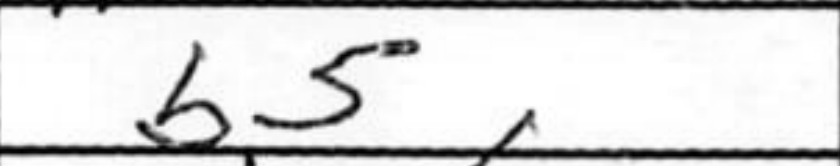
Transcription: b5